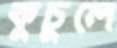
কুচুলে